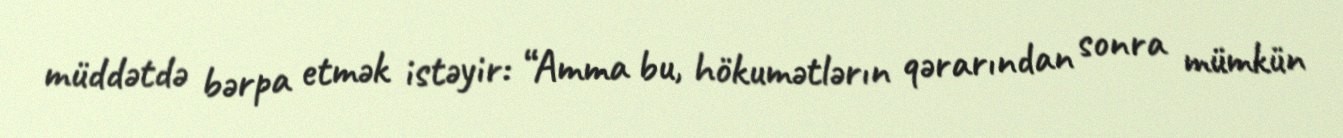
müddətdə bərpa etmək istəyir: “Amma bu, hökumətlərın qərarından sonra mümkün